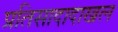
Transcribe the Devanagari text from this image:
प्रतिसादादाखल